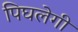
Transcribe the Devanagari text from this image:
पिघलेगी